Civil Veterinary Department Bihar & Orissa reports 1929-36 - 1929-1936
Year: 1929
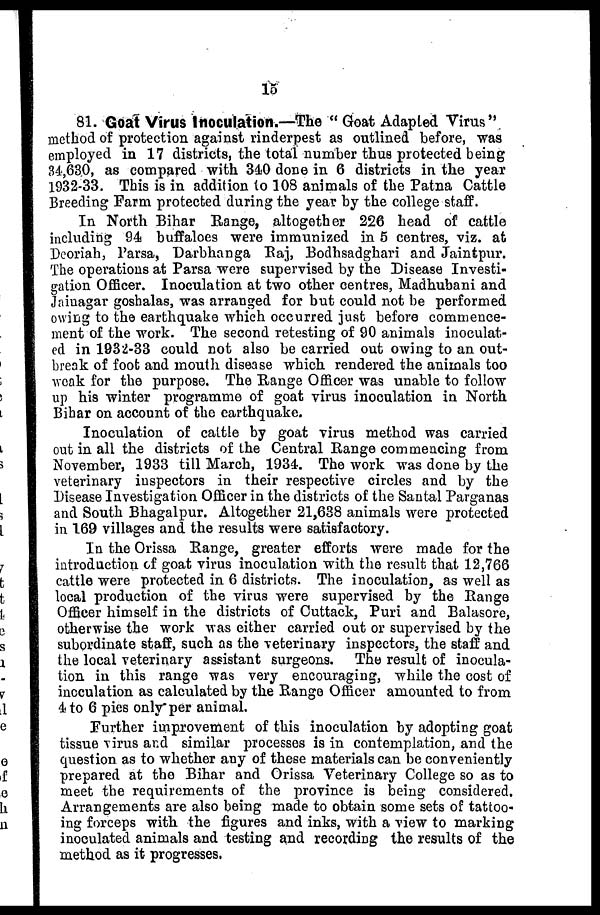
15
81. Goat Virus Inoculation.—The "Goat Adapted Virus"
method of protection against rinderpest as outlined before, was
employed in 17 districts, the total number thus protected being
34,63,0, as compared with 340 done in 6 districts in the year
1932-33. This is in addition to 108 animals of the Patna Cattle
Breeding Farm protected during the year by the college staff.
In North Bihar Range, altogether 226 head of cattle
including 94 buffaloes were immunized in 5 centres, viz. at
Deoriah, Parsa, Darbhanga Raj, Bodhsadghari and Jaintpur.
The operations at Parsa were supervised by the Disease Investi-
gation Officer. Inoculation at two other centres, Madhubani and
Jainagar goshalas, was arranged for but could not be performed
owing to the earthquake which occurred just before commence-
ment of the work. The second retesting of 90 animals inoculat-
ed in 1932-33 could not also be carried out owing to an out-
break of foot and mouth disease which rendered the animals too
weak for the purpose. The Range Officer was unable to follow
up his winter programme of goat virus inoculation in North
Bihar on account of the earthquake.
Inoculation of cattle by goat virus method was carried
out in all the districts of the Central Range commencing from
November, 1933 till March, 1934. The work was done by the
veterinary inspectors in their respective circles and by the
Disease Investigation Officer in the districts of the Santal Parganas
and South Bhagalpur. Altogether 21,638 animals were protected
in 169 villages and the results were satisfactory.
In the Orissa Range, greater efforts were made for the
introduction of goat virus inoculation with the result that 12,766
cattle were protected in 6 districts. The inoculation, as well as
local production of the virus were supervised by the Range
Officer himself in the districts of Cuttack, Puri and Balasore,
otherwise the work was either carried out or supervised by the
subordinate staff, such as the veterinary inspectors, the staff and
the local veterinary assistant surgeons. The result of inocula-
tion in this range was very encouraging, while the cost of
inoculation as calculated by the Range Officer amounted to from
4 to 6 pies only per animal.
Further improvement of this inoculation by adopting goat
tissue virus and similar processes is in contemplation, and the
question as to whether any of these materials can be conveniently
prepared at the Bihar and Orissa Veterinary College so as to
meet the requirements of the province is being considered.
Arrangements are also being made to obtain some sets of tattoo-
ing forceps with the figures and inks, with a view to marking
inoculated animals and testing and recording the results of the
method as it progresses,